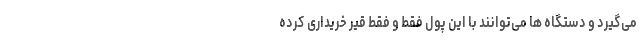
می‌گیرد و دستگاه ها می‌توانند با این پول فقط و فقط قیر خریداری کرده